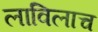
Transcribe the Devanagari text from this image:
लाविलाच